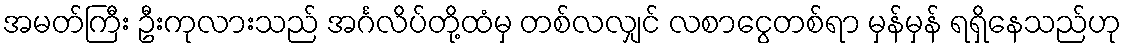
အမတ်ကြီး ဦးကုလားသည် အင်္ဂလိပ်တို့ထံမှ တစ်လလျှင် လစာငွေတစ်ရာ မှန်မှန် ရရှိနေသည်ဟု